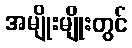
အမျိုးမျိုးတွင်